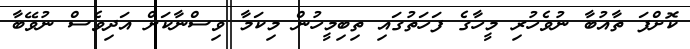
ކޮށްފަ ތާއުބާ ނުވެހުރި މީހާގެ ފަަހަތުގައި ތިބިމީހުން މިކަމާ ވިސްނާކަށް އަދިވެސް ނުވޭބާ